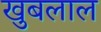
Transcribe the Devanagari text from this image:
खुबलाल